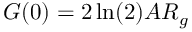
G ( 0 ) = 2 \ln ( 2 ) A R _ { g }